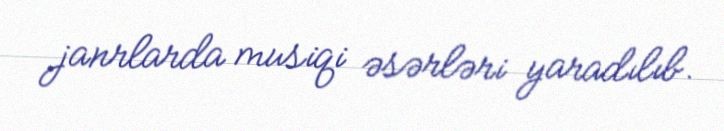
janrlarda musiqi əsərləri yaradılıb.